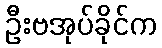
ဦးဗအုပ်ခိုင်က